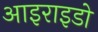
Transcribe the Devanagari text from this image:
आइराइडो